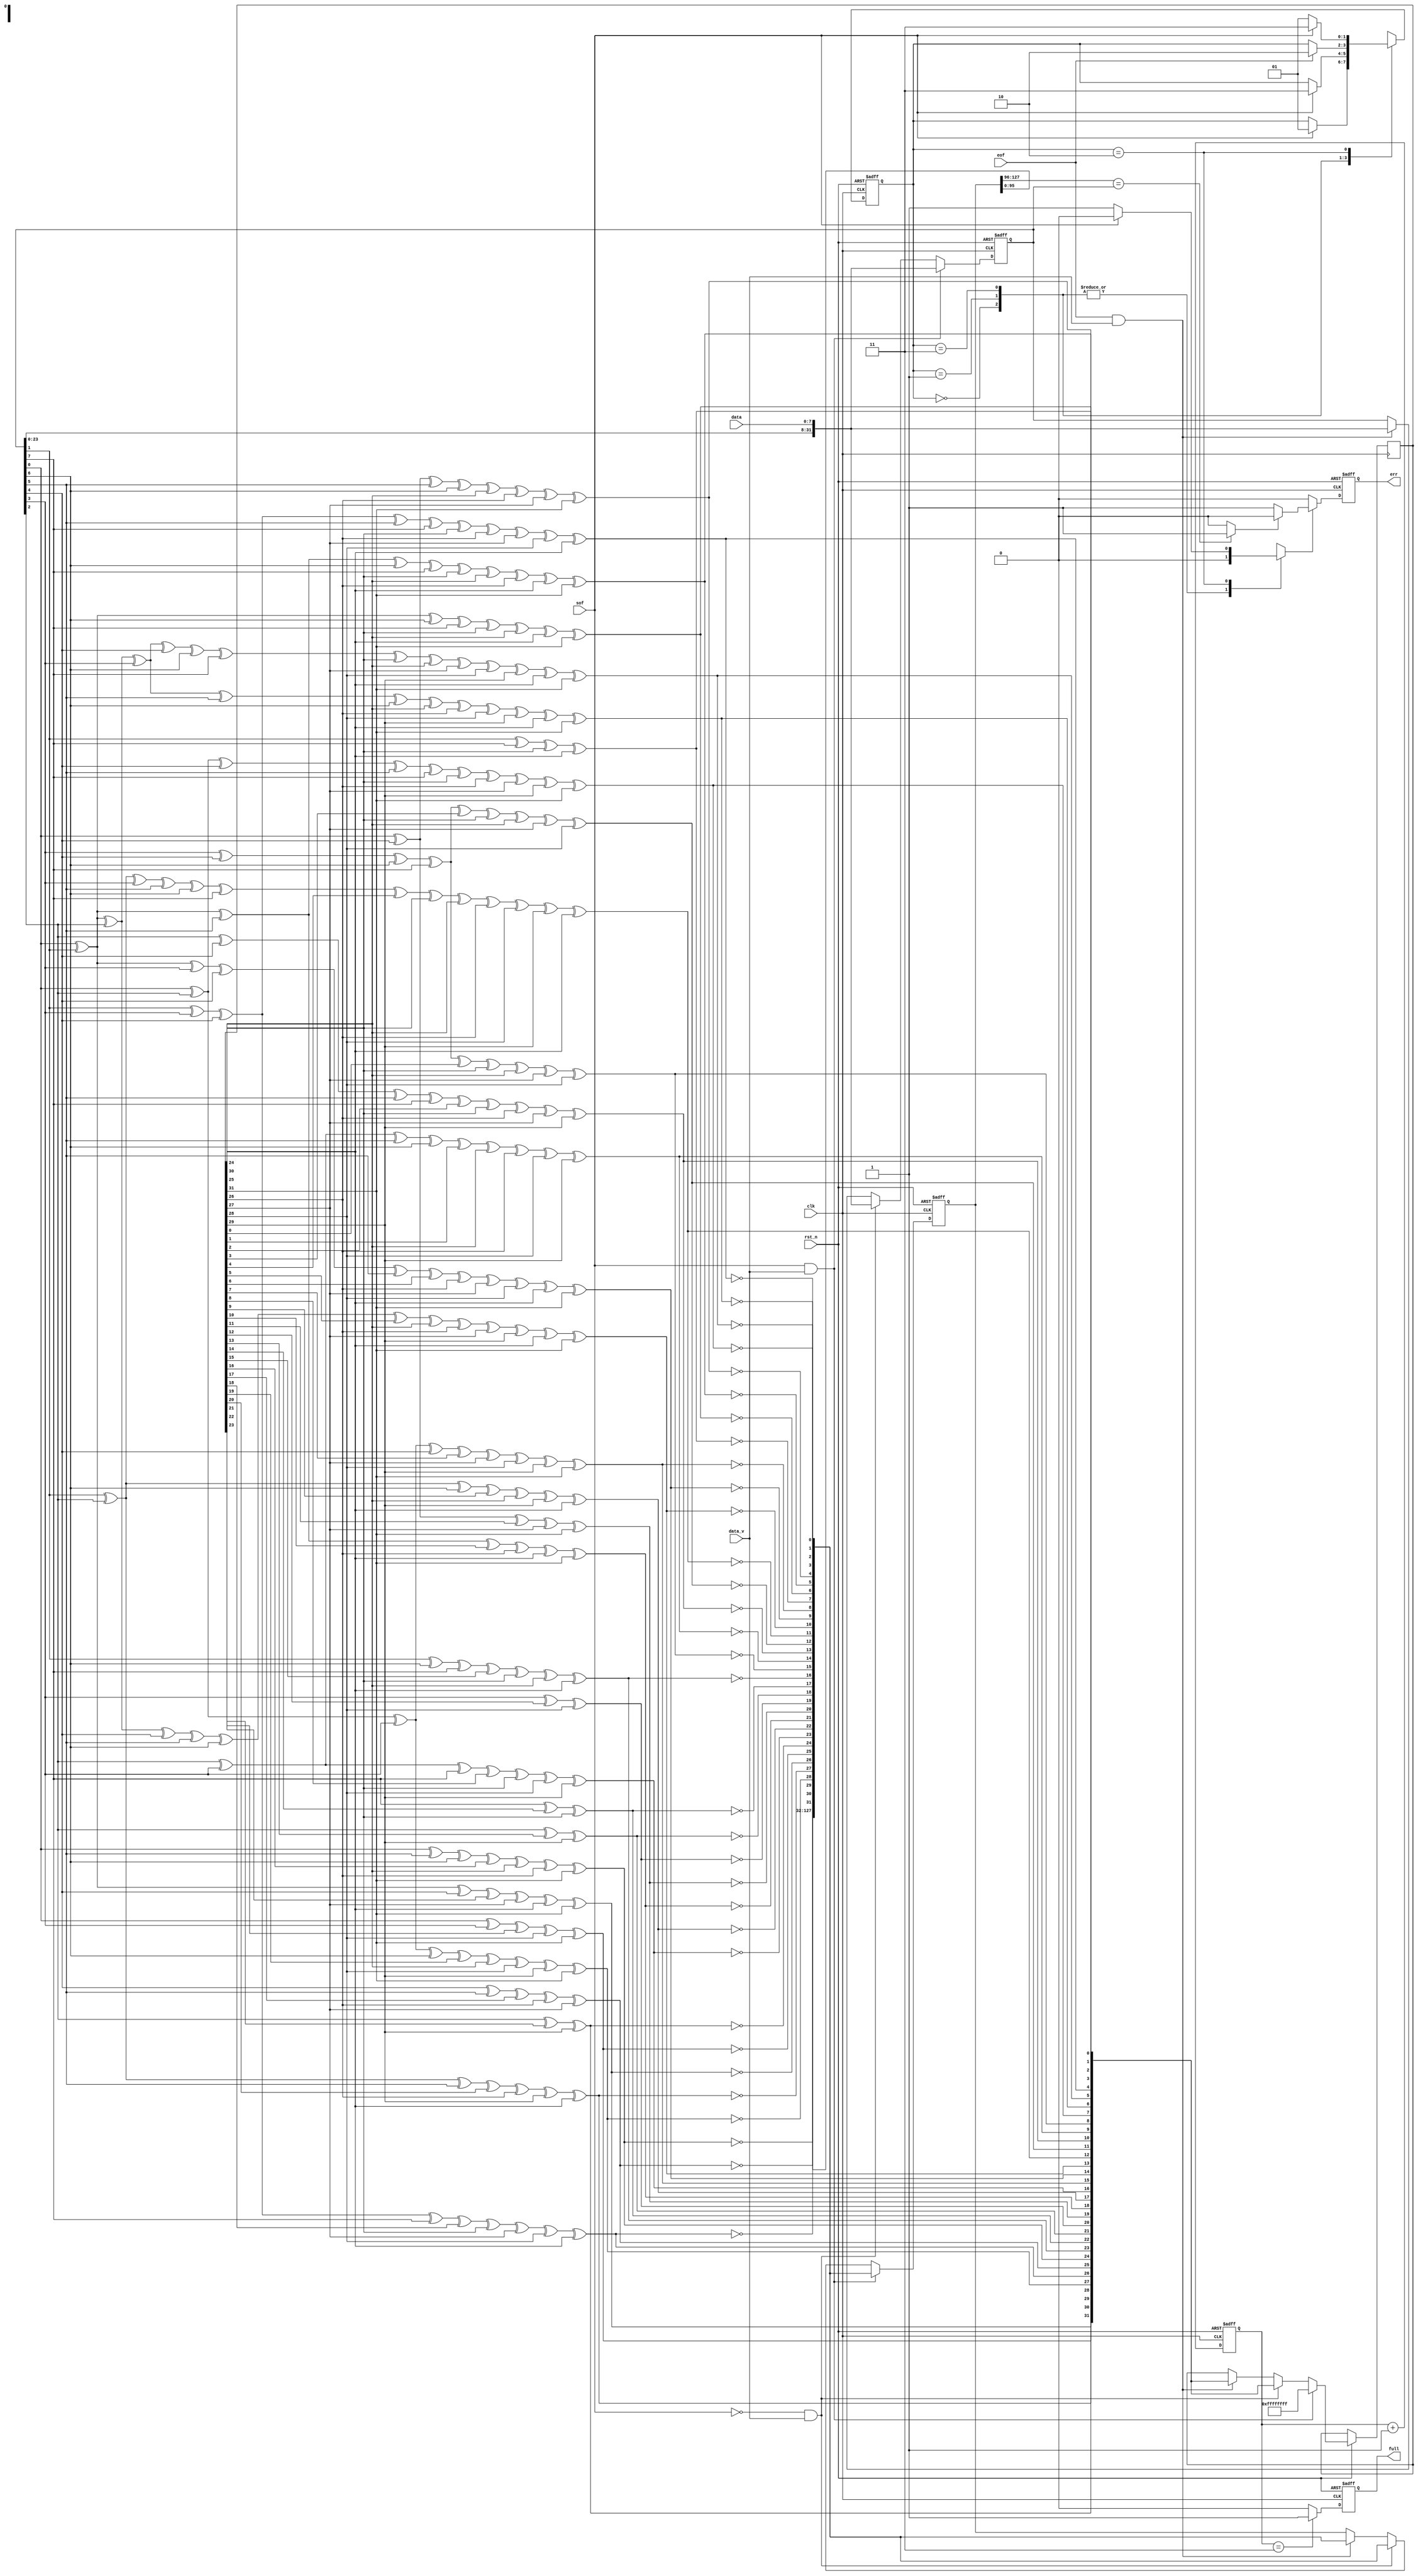
//Project: Homework2
//Module: CRC32

`timescale 1ns/1ns 
module CRC32(rst_n, clk, sof, eof, data_v, data, full, err);
    parameter BUS_WIDTH = 8;
	 parameter CRC_BITS = 32;
//define input & output signals
    input rst_n;
    input clk;
	 input sof;
	 input eof;
	 input data_v;
	 input [BUS_WIDTH-1:0] data;
	 output reg full;
	 output reg err;
	 
//============================================================	 
//State Machine Control
//============================================================

	 parameter [1:0] INITIAL = 2'b00;
	 parameter [1:0] READY = 2'b01;
	 parameter [1:0] CALCULATE = 2'b11;
	 parameter [1:0] DONE = 2'b10;
	 reg crc_check;
	 reg [2:0] counter_full; 
	 reg [1:0] state_now, state_next;
	 
//State Machine for rst_n Timing Logic  	 
	 always @ (posedge clk or negedge rst_n) begin
	     if (!rst_n)
		      begin
				    state_now <= #1 INITIAL;
				end
		  else 
		      begin
				    state_now <= #1 state_next;
			   end
  	end
//State Machine for Combinatorial Logic
	 always @ (*) begin
	     case (state_now)
		      INITIAL:
				    if (sof)
		              begin
				            state_next = READY;
						      crc_check = 1'b0;		
					     end			
				    else begin
					     state_next = state_now;
						  crc_check = 1'b0;	
					 end
			   READY:
				    if(sof) 
					     begin
								state_next = CALCULATE;
								crc_check = 1'b0;
					     end 
					 else begin
					     state_next = state_now;
						  crc_check = 1'b0;	
					 end
				CALCULATE:
					 if (eof)
					     begin
					         state_next = DONE;
								crc_check = 1'b0;	
						  end	
				    else begin
						  state_next = state_now;
						  crc_check = 1'b0;	
					 end
				DONE:
		          if (sof)
					     begin
					         state_next = CALCULATE;
								crc_check = 1'b0;	
				        end
				    else begin
					     state_next = READY;
						  crc_check = 1'b1;	
					 end
				default:
		          begin

				    end	 
	     endcase    
	 end
	 
	 always @(posedge clk or negedge rst_n) begin
		  if(!rst_n)
			   begin
				    counter_full <=#1 3'd0;
				    full <= 1'b0;
			   end
		  else
			   begin
				    counter_full <=#1 counter_full+ 3'd1;					
				    if (counter_full== 3'd3)
					     full <= 1'b1;
				    else
					     full <= 1'b0;
			   end
    end    

///////////////////////////////////////////////////////////////////////////////////////////////////////////////////                                         
// CRC32 parallel combinational logic from https://www.easics.com/webtools/crctool                               //                                                                                                             //
// Purpose : synthesizable CRC function                                                                          //
//   * polynomial: x^32 + x^26 + x^23 + x^22 + x^16 + x^12 + x^11 + x^10 + x^8 + x^7 + x^5 + x^4 + x^2 + x^1 + 1 //
//   * data width: 8                                                                                             //
//   convention: the first serial bit is D[7]                                                                    //
//   *procedure:                                                                                                 //
//		1. Initial crc is 0xff ff ff ff                                                                            //
//		2.	Input reflected                                                                                         //
//		3.	Calculating next crc                                                                                    //
//		4. Results reflected                                                                                       //
//		5. Results xor with 0xff ff ff ff                                                                          //                                                                                                     //
///////////////////////////////////////////////////////////////////////////////////////////////////////////////////	 
    parameter INITIAL_CRC = 32'hffffffff;
	 parameter INITIAL_IN_DATA = 8'h00;
	 
	 reg [(BUS_WIDTH*4)-1:0] in_data;
	 reg [(CRC_BITS*4)-1:0] crc_shift_last_4;
	 reg [CRC_BITS-1:0] crc_now;
	 wire [CRC_BITS-1:0] crc_reflected;
	 wire [CRC_BITS-1:0] crc_next;
	 wire [BUS_WIDTH-1:0] in_data_reflected; 
	 wire compare;
	 
	 assign compare = (crc_shift_last_4[(CRC_BITS*4)-1:(CRC_BITS*3)] == in_data) ? 1'b1 : 1'b0;	 
//Input reflected	 
	 assign in_data_reflected[BUS_WIDTH-1] = in_data[(BUS_WIDTH-8)];
	 assign in_data_reflected[BUS_WIDTH-2] = in_data[(BUS_WIDTH-7)];
	 assign in_data_reflected[BUS_WIDTH-3] = in_data[(BUS_WIDTH-6)];
	 assign in_data_reflected[BUS_WIDTH-4] = in_data[(BUS_WIDTH-5)];
	 assign in_data_reflected[BUS_WIDTH-5] = in_data[(BUS_WIDTH-4)];
	 assign in_data_reflected[BUS_WIDTH-6] = in_data[(BUS_WIDTH-3)];
	 assign in_data_reflected[BUS_WIDTH-7] = in_data[(BUS_WIDTH-2)];
	 assign in_data_reflected[BUS_WIDTH-8] = in_data[(BUS_WIDTH-1)];
//Calculating next crc
    assign crc_next[CRC_BITS-32] = in_data_reflected[6] ^ in_data_reflected[0] ^ crc_now[24] ^ crc_now[30];
    assign crc_next[CRC_BITS-31] = in_data_reflected[7] ^ in_data_reflected[6] ^ in_data_reflected[1] ^ in_data_reflected[0] ^ crc_now[24] ^ crc_now[25] ^ crc_now[30] ^ crc_now[31];
    assign crc_next[CRC_BITS-30] = in_data_reflected[7] ^ in_data_reflected[6] ^ in_data_reflected[2] ^ in_data_reflected[1] ^ in_data_reflected[0] ^ crc_now[24] ^ crc_now[25] ^ crc_now[26] ^ crc_now[30] ^ crc_now[31];
    assign crc_next[CRC_BITS-29] = in_data_reflected[7] ^ in_data_reflected[3] ^ in_data_reflected[2] ^ in_data_reflected[1] ^ crc_now[25] ^ crc_now[26] ^ crc_now[27] ^ crc_now[31];
    assign crc_next[CRC_BITS-28] = in_data_reflected[6] ^ in_data_reflected[4] ^ in_data_reflected[3] ^ in_data_reflected[2] ^ in_data_reflected[0] ^ crc_now[24] ^ crc_now[26] ^ crc_now[27] ^ crc_now[28] ^ crc_now[30];
    assign crc_next[CRC_BITS-27] = in_data_reflected[7] ^ in_data_reflected[6] ^ in_data_reflected[5] ^ in_data_reflected[4] ^ in_data_reflected[3] ^ in_data_reflected[1] ^ in_data_reflected[0] ^ crc_now[24] ^ crc_now[25] ^ crc_now[27] ^ crc_now[28] ^ crc_now[29] ^ crc_now[30] ^ crc_now[31];
    assign crc_next[CRC_BITS-26] = in_data_reflected[7] ^ in_data_reflected[6] ^ in_data_reflected[5] ^ in_data_reflected[4] ^ in_data_reflected[2] ^ in_data_reflected[1] ^ crc_now[25] ^ crc_now[26] ^ crc_now[28] ^ crc_now[29] ^ crc_now[30] ^ crc_now[31];
    assign crc_next[CRC_BITS-25] = in_data_reflected[7] ^ in_data_reflected[5] ^ in_data_reflected[3] ^ in_data_reflected[2] ^ in_data_reflected[0] ^ crc_now[24] ^ crc_now[26] ^ crc_now[27] ^ crc_now[29] ^ crc_now[31];
    assign crc_next[CRC_BITS-24] = in_data_reflected[4] ^ in_data_reflected[3] ^ in_data_reflected[1] ^ in_data_reflected[0] ^ crc_now[0] ^ crc_now[24] ^ crc_now[25] ^ crc_now[27] ^ crc_now[28];
    assign crc_next[CRC_BITS-23] = in_data_reflected[5] ^ in_data_reflected[4] ^ in_data_reflected[2] ^ in_data_reflected[1] ^ crc_now[1] ^ crc_now[25] ^ crc_now[26] ^ crc_now[28] ^ crc_now[29];
    assign crc_next[CRC_BITS-22] = in_data_reflected[5] ^ in_data_reflected[3] ^ in_data_reflected[2] ^ in_data_reflected[0] ^ crc_now[2] ^ crc_now[24] ^ crc_now[26] ^ crc_now[27] ^ crc_now[29];
    assign crc_next[CRC_BITS-21] = in_data_reflected[4] ^ in_data_reflected[3] ^ in_data_reflected[1] ^ in_data_reflected[0] ^ crc_now[3] ^ crc_now[24] ^ crc_now[25] ^ crc_now[27] ^ crc_now[28];
    assign crc_next[CRC_BITS-20] = in_data_reflected[6] ^ in_data_reflected[5] ^ in_data_reflected[4] ^ in_data_reflected[2] ^ in_data_reflected[1] ^ in_data_reflected[0] ^ crc_now[4] ^ crc_now[24] ^ crc_now[25] ^ crc_now[26] ^ crc_now[28] ^ crc_now[29] ^ crc_now[30];
    assign crc_next[CRC_BITS-19] = in_data_reflected[7] ^ in_data_reflected[6] ^ in_data_reflected[5] ^ in_data_reflected[3] ^ in_data_reflected[2] ^ in_data_reflected[1] ^ crc_now[5] ^ crc_now[25] ^ crc_now[26] ^ crc_now[27] ^ crc_now[29] ^ crc_now[30] ^ crc_now[31];
    assign crc_next[CRC_BITS-18] = in_data_reflected[7] ^ in_data_reflected[6] ^ in_data_reflected[4] ^ in_data_reflected[3] ^ in_data_reflected[2] ^ crc_now[6] ^ crc_now[26] ^ crc_now[27] ^ crc_now[28] ^ crc_now[30] ^ crc_now[31];
	 assign crc_next[CRC_BITS-17] = in_data_reflected[7] ^ in_data_reflected[5] ^ in_data_reflected[4] ^ in_data_reflected[3] ^ crc_now[7] ^ crc_now[27] ^ crc_now[28] ^ crc_now[29] ^ crc_now[31];
    assign crc_next[CRC_BITS-16] = in_data_reflected[5] ^ in_data_reflected[4] ^ in_data_reflected[0] ^ crc_now[8] ^ crc_now[24] ^ crc_now[28] ^ crc_now[29];
    assign crc_next[CRC_BITS-15] = in_data_reflected[6] ^ in_data_reflected[5] ^ in_data_reflected[1] ^ crc_now[9] ^ crc_now[25] ^ crc_now[29] ^ crc_now[30];
    assign crc_next[CRC_BITS-14] = in_data_reflected[7] ^ in_data_reflected[6] ^ in_data_reflected[2] ^ crc_now[10] ^ crc_now[26] ^ crc_now[30] ^ crc_now[31];
    assign crc_next[CRC_BITS-13] = in_data_reflected[7] ^ in_data_reflected[3] ^ crc_now[11] ^ crc_now[27] ^ crc_now[31];
    assign crc_next[CRC_BITS-12] = in_data_reflected[4] ^ crc_now[12] ^ crc_now[28];
    assign crc_next[CRC_BITS-11] = in_data_reflected[5] ^ crc_now[13] ^ crc_now[29];
    assign crc_next[CRC_BITS-10] = in_data_reflected[0] ^ crc_now[14] ^ crc_now[24];
    assign crc_next[CRC_BITS-9] = in_data_reflected[6] ^ in_data_reflected[1] ^ in_data_reflected[0] ^ crc_now[15] ^ crc_now[24] ^ crc_now[25] ^ crc_now[30];
    assign crc_next[CRC_BITS-8] = in_data_reflected[7] ^ in_data_reflected[2] ^ in_data_reflected[1] ^ crc_now[16] ^ crc_now[25] ^ crc_now[26] ^ crc_now[31];
    assign crc_next[CRC_BITS-7] = in_data_reflected[3] ^ in_data_reflected[2] ^ crc_now[17] ^ crc_now[26] ^ crc_now[27];
    assign crc_next[CRC_BITS-6] = in_data_reflected[6] ^ in_data_reflected[4] ^ in_data_reflected[3] ^ in_data_reflected[0] ^ crc_now[18] ^ crc_now[24] ^ crc_now[27] ^ crc_now[28] ^ crc_now[30];
    assign crc_next[CRC_BITS-5] = in_data_reflected[7] ^ in_data_reflected[5] ^ in_data_reflected[4] ^ in_data_reflected[1] ^ crc_now[19] ^ crc_now[25] ^ crc_now[28] ^ crc_now[29] ^ crc_now[31];
    assign crc_next[CRC_BITS-4] = in_data_reflected[6] ^ in_data_reflected[5] ^ in_data_reflected[2] ^ crc_now[20] ^ crc_now[26] ^ crc_now[29] ^ crc_now[30];
    assign crc_next[CRC_BITS-3] = in_data_reflected[7] ^ in_data_reflected[6] ^ in_data_reflected[3] ^ crc_now[21] ^ crc_now[27] ^ crc_now[30] ^ crc_now[31];
    assign crc_next[CRC_BITS-2] = in_data_reflected[7] ^ in_data_reflected[4] ^ crc_now[22] ^ crc_now[28] ^ crc_now[31];
    assign crc_next[CRC_BITS-1] = in_data_reflected[5] ^ crc_now[23] ^ crc_now[29];
//crc result refelected and xor with 32'hffffffff
	 assign crc_reflected[CRC_BITS-1] = crc_next[CRC_BITS-32] ^ 1'b1;
  	 assign crc_reflected[CRC_BITS-2] = crc_next[CRC_BITS-31] ^ 1'b1;
	 assign crc_reflected[CRC_BITS-3] = crc_next[CRC_BITS-30] ^ 1'b1;
	 assign crc_reflected[CRC_BITS-4] = crc_next[CRC_BITS-29] ^ 1'b1;
	 assign crc_reflected[CRC_BITS-5] = crc_next[CRC_BITS-28] ^ 1'b1;
	 assign crc_reflected[CRC_BITS-6] = crc_next[CRC_BITS-27] ^ 1'b1;
	 assign crc_reflected[CRC_BITS-7] = crc_next[CRC_BITS-26] ^ 1'b1;
	 assign crc_reflected[CRC_BITS-8] = crc_next[CRC_BITS-25] ^ 1'b1;
    assign crc_reflected[CRC_BITS-9] = crc_next[CRC_BITS-24] ^ 1'b1;
	 assign crc_reflected[CRC_BITS-10] = crc_next[CRC_BITS-23] ^ 1'b1;
	 assign crc_reflected[CRC_BITS-11] = crc_next[CRC_BITS-22] ^ 1'b1;
	 assign crc_reflected[CRC_BITS-12] = crc_next[CRC_BITS-21] ^ 1'b1;
	 assign crc_reflected[CRC_BITS-13] = crc_next[CRC_BITS-20] ^ 1'b1;
	 assign crc_reflected[CRC_BITS-14] = crc_next[CRC_BITS-19] ^ 1'b1;
	 assign crc_reflected[CRC_BITS-15] = crc_next[CRC_BITS-18] ^ 1'b1;
	 assign crc_reflected[CRC_BITS-16] = crc_next[CRC_BITS-17] ^ 1'b1;	
	 assign crc_reflected[CRC_BITS-17] = crc_next[CRC_BITS-16] ^ 1'b1;
	 assign crc_reflected[CRC_BITS-18] = crc_next[CRC_BITS-15] ^ 1'b1;
	 assign crc_reflected[CRC_BITS-19] = crc_next[CRC_BITS-14] ^ 1'b1;
	 assign crc_reflected[CRC_BITS-20] = crc_next[CRC_BITS-13] ^ 1'b1;
	 assign crc_reflected[CRC_BITS-21] = crc_next[CRC_BITS-12] ^ 1'b1;
	 assign crc_reflected[CRC_BITS-22] = crc_next[CRC_BITS-11] ^ 1'b1;
	 assign crc_reflected[CRC_BITS-23] = crc_next[CRC_BITS-10] ^ 1'b1;
	 assign crc_reflected[CRC_BITS-24] = crc_next[CRC_BITS-9] ^ 1'b1;
	 assign crc_reflected[CRC_BITS-25] = crc_next[CRC_BITS-8] ^ 1'b1;
	 assign crc_reflected[CRC_BITS-26] = crc_next[CRC_BITS-7] ^ 1'b1;
	 assign crc_reflected[CRC_BITS-27] = crc_next[CRC_BITS-6] ^ 1'b1;
	 assign crc_reflected[CRC_BITS-28] = crc_next[CRC_BITS-5] ^ 1'b1;
	 assign crc_reflected[CRC_BITS-29] = crc_next[CRC_BITS-4] ^ 1'b1;
	 assign crc_reflected[CRC_BITS-30] = crc_next[CRC_BITS-3] ^ 1'b1;
	 assign crc_reflected[CRC_BITS-31] = crc_next[CRC_BITS-2] ^ 1'b1;
	 assign crc_reflected[CRC_BITS-32] = crc_next[CRC_BITS-1] ^ 1'b1;
 
	 always @ (posedge clk or negedge rst_n)
	     begin
		      if(!rst_n)
			      begin
			  	       err <= #1 1'b0;
			      end
		  else if (crc_check)
		      begin
				    if (compare)
					     err <= #1 1'b0;
					 else
					     err <= #1 1'b1;    
			   end			
		  else begin
		      err <= #1 1'b0;
		  end
    end 
	 
	 always @ (posedge clk or negedge rst_n) begin
	     if (!rst_n)
		      begin
				    in_data[((BUS_WIDTH*4)-1):0] <=#1 32'b0;
				end
		  else if ((sof) && (data_v))
		      begin
					 in_data[((BUS_WIDTH*4)-1):0] <=#1 {in_data[((BUS_WIDTH*3)-1):0], data[(BUS_WIDTH-1):0]};
			   end
		  else if ((sof == 1'b0) && (data_v))
		      begin
					 in_data[((BUS_WIDTH*4)-1):0] <=#1 {in_data[((BUS_WIDTH*3)-1):0], data[(BUS_WIDTH-1):0]};
		      end
		  else if ((eof) && (data_v))
		      begin
					 in_data[((BUS_WIDTH*4)-1):0] <=#1 {in_data[((BUS_WIDTH*3)-1):0], data[(BUS_WIDTH-1):0]};
			   end
		  else begin
		      in_data <=#1 in_data;			
		  end
	 end
	 
	 always @ (posedge clk or negedge rst_n) begin
	     if (!rst_n)
		      begin

				end
		  else if ((sof) && (data_v))
		      begin
                crc_now <= #1 INITIAL_CRC;
			   end
		  else if ((sof == 1'b0) && (data_v))
		      begin
                crc_now <= #1 crc_next;
		      end
		  else if ((eof) && (data_v))
		      begin
                crc_now <= #1 crc_next;
			   end
		  else begin
		  
		  end
	 end
	 
	 always @ (posedge clk or negedge rst_n) begin
	     if (!rst_n)
		      begin
					 crc_shift_last_4[(CRC_BITS*4)-1:0] <=#1 128'b0;
				end
		  else if ((sof) && (data_v))
		      begin
					 crc_shift_last_4[(CRC_BITS*4)-1:0] <=#1 {crc_shift_last_4[95:0], crc_reflected[7:0], crc_reflected[15:8], crc_reflected[23:16], crc_reflected[31:24]};
			   end
		  else if ((sof == 1'b0) && (data_v))
		      begin
					 crc_shift_last_4[(CRC_BITS*4)-1:0] <=#1 {crc_shift_last_4[95:0], crc_reflected[7:0], crc_reflected[15:8], crc_reflected[23:16], crc_reflected[31:24]};
		      end
		  else if ((eof) && (data_v))
		      begin
					 crc_shift_last_4[(CRC_BITS*4)-1:0] <=#1 {crc_shift_last_4[95:0], crc_reflected[7:0], crc_reflected[15:8], crc_reflected[23:16], crc_reflected[31:24]};
			   end
		  else begin
            crc_shift_last_4 <=#1 crc_shift_last_4;				
		  end
	 end
endmodule